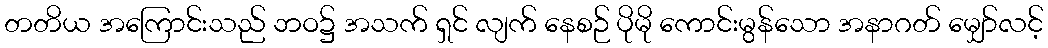
တတိယ အကြောင်းသည် ဘဝ၌ အသက် ရှင် လျက် နေစဉ် ပိုမို ကောင်းမွန်သော အနာဂတ် မျှော်လင့်